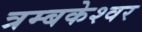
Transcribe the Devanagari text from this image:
त्रम्बकेश्वर